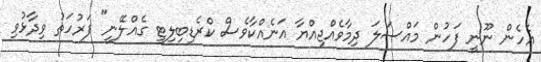
އެހެން ނޫނީ ފަހުން މައްސަލަ ދިމާވެއްޖިއްޔާ އަނެއްކާވެސް ކްރެޑިބިލިޓީ ގެއްލޭނީ" ފަރުހަތު ވިދާޅުވި